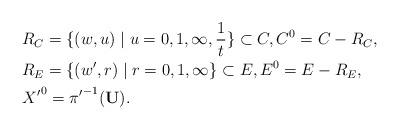
LaTeX: \begin{align*}&R_C=\{(w,u)\mid u= 0,1,\infty,\dfrac{1}{t}\}\subset C, C^0=C-R_C,\\ &R_{E}=\{(w',r)\mid r= 0,1,\infty\}\subset E,E^0=E-R_{E},\\&{X'}^0={\pi'}^{-1}(\bold U).\end{align*}